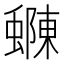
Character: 𮔽